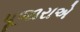
પૂજારાએ